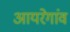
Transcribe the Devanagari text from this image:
आयरेगांव